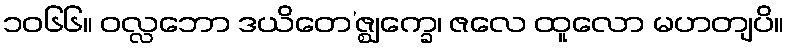
၁၀၆၆။ ဝလ္လဘော ဒယိတေ’ဇ္ဈက္ခေ၊ ဇလေ ထူလော မဟတျပိ။